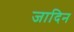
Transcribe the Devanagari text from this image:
जादिन